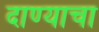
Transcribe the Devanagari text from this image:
दाण्याचा